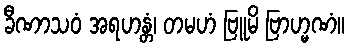
ခီဏာသဝံ အရဟန္တံ၊ တမဟံ ဗြူမိ ဗြာဟ္မဏံ။